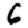
Digit: 6